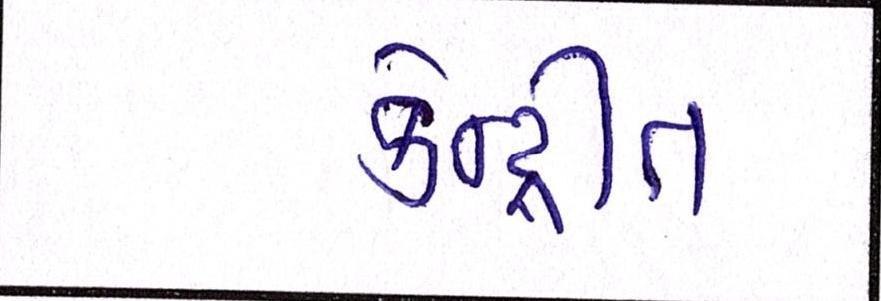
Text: કેન્દ્રીત